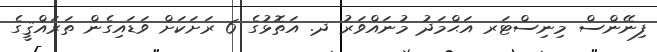
ފިނޭންސް މިނިސްޓަރ އަޙްމަދު މުނައްވަރު ދ. އަތޮޅުގެ 6 ރަށަކަށް ވަޑައިގެން ތަރައްޤީގެ